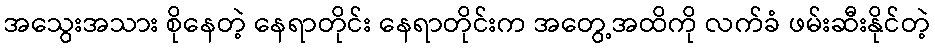
အသွေးအသား စိုနေတဲ့ နေရာတိုင်း နေရာတိုင်းက အတွေ့အထိကို လက်ခံ ဖမ်းဆီးနိုင်တဲ့